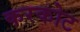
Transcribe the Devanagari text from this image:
करकोट